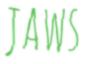
JAWS